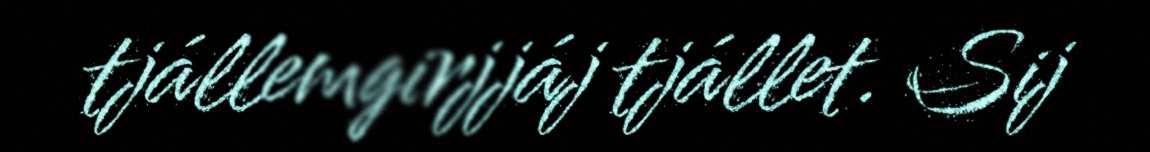
tjállemgirjjáj tjállet. Sij